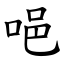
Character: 唈